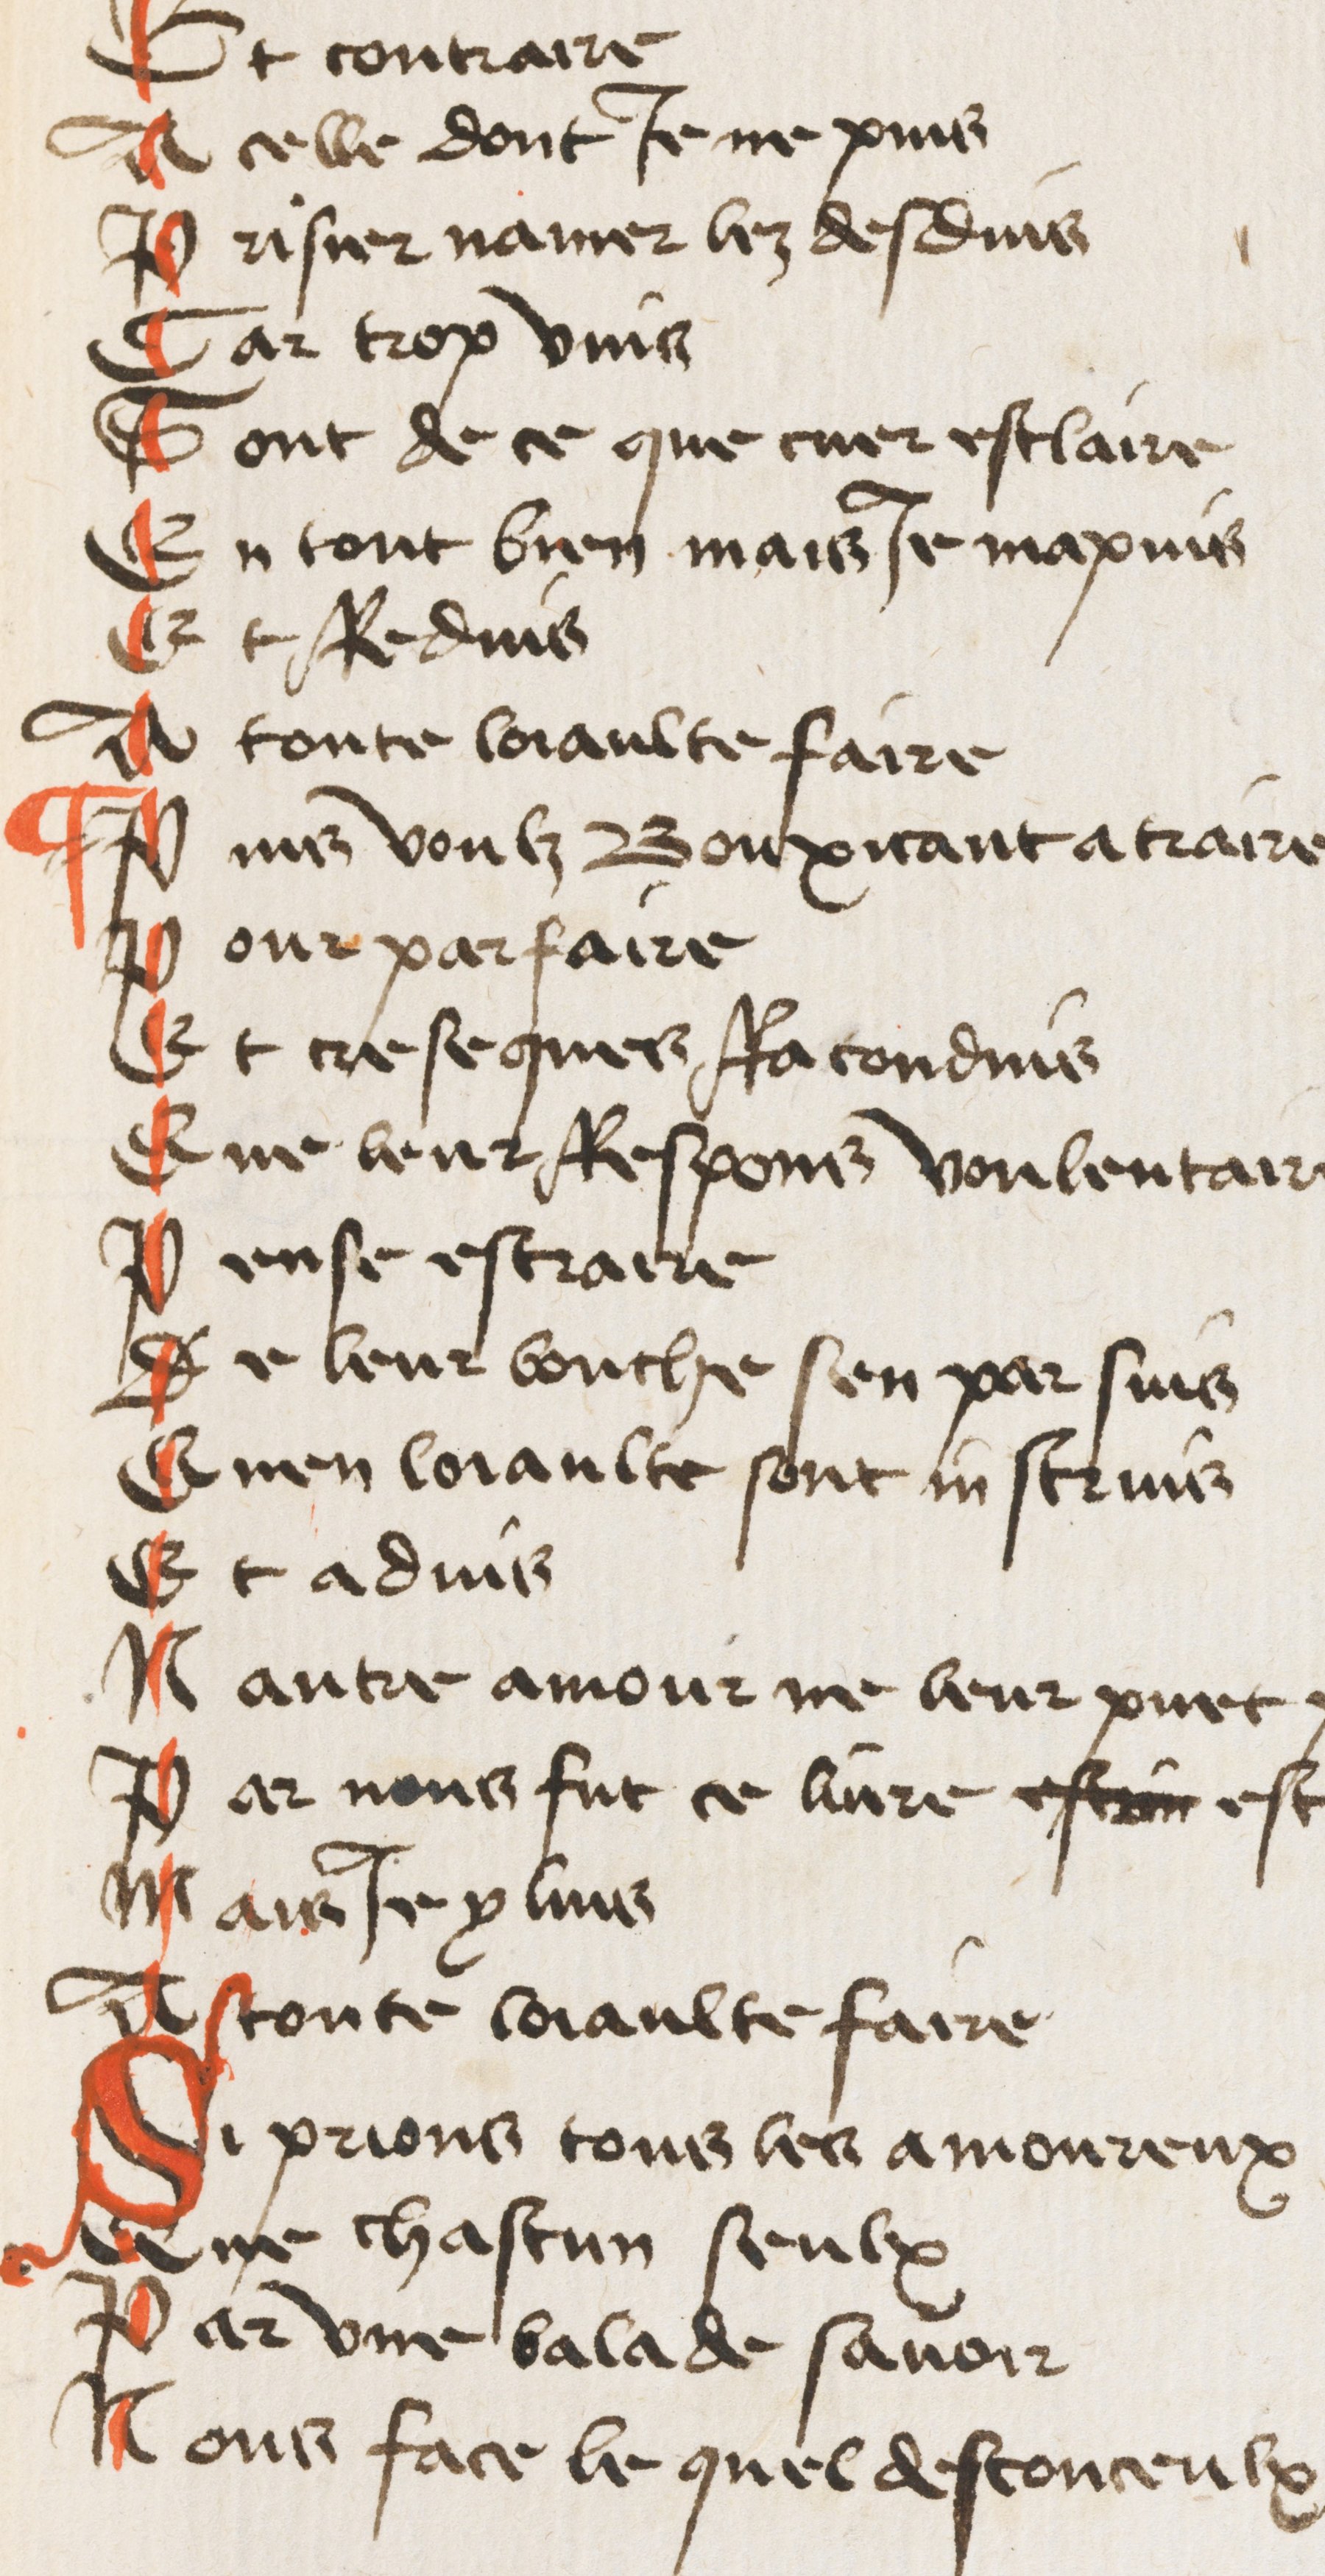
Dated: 1425–1435